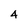
Character: 4